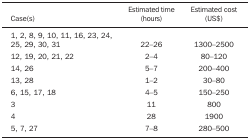
<table><thead><tr><td><b>Case(s)</b></td><td><b>Estimated time(hours)</b></td><td><b>Estimated cost(US$)</b></td></tr></thead><tbody><tr><td>1, 2, 8, 9, 10, 11, 16, 23, 24,</td><td> </td><td> </td></tr><tr><td>25, 29, 30, 31</td><td>22–26</td><td>1300–2500</td></tr><tr><td>12, 19, 20, 21, 22</td><td>2–4</td><td>80–120</td></tr><tr><td>14, 26</td><td>5–7</td><td>200–400</td></tr><tr><td>13, 28</td><td>1–2</td><td>30–80</td></tr><tr><td>6, 15, 17, 18</td><td>4–5</td><td>150–250</td></tr><tr><td>3</td><td>11</td><td>800</td></tr><tr><td>4</td><td>28</td><td>1900</td></tr><tr><td>5, 7, 27</td><td>7–8</td><td>280–500</td></tr></tbody></table>